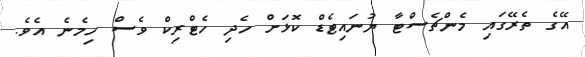
އޭގެ ތެރޭގައި މެންޗެސްޓާ ޔުނައިޓެޑް ކޮޅަށް ހެދި ހެޓްރިކް ވެސް ހިމެނެ އެވެ.